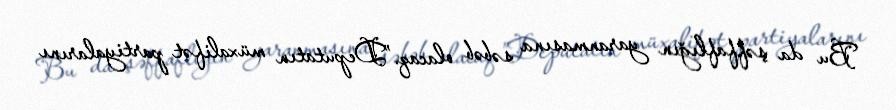
Bu da şəffaflığın yaranmasına səbəb olacaq.”Deputatın müxalifət partiyalarını